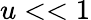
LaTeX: u<<1